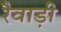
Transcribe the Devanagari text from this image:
रैवाड़ी